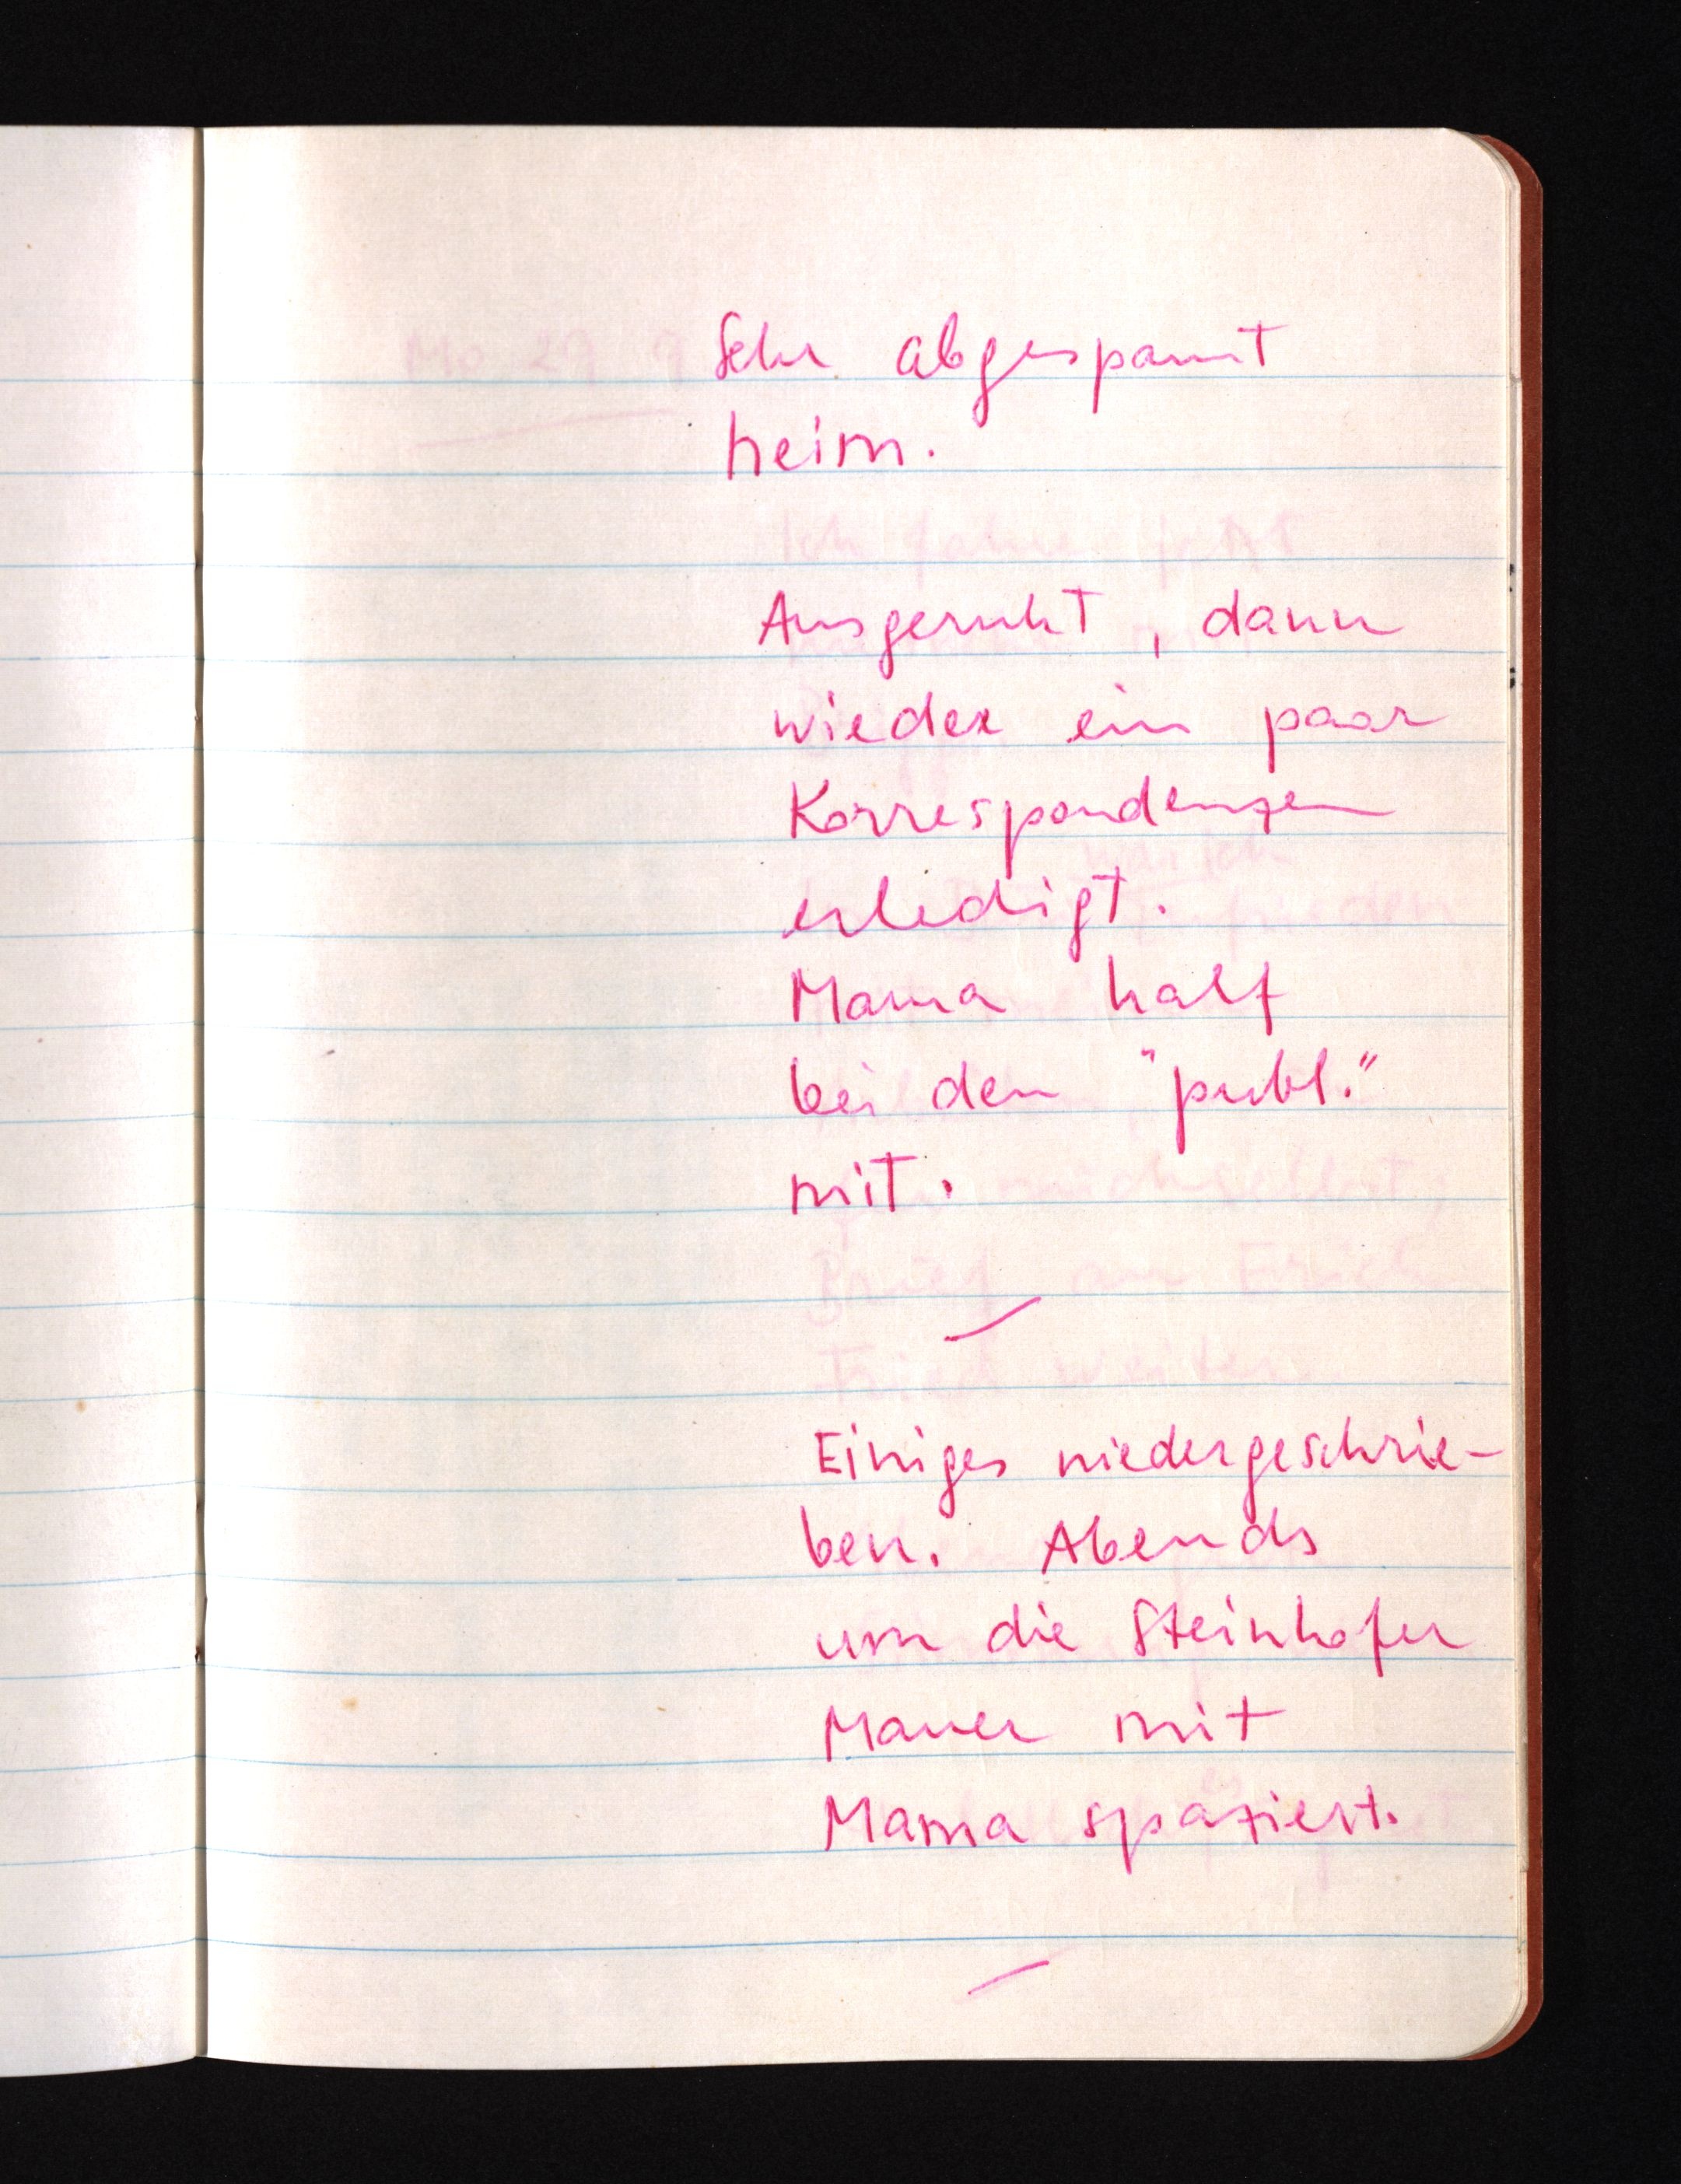
Sehr abgespannt
heim.
Ausgeruht, dann
wieder ein paar
Korrespondenzen
erledigt.
Mama half
bei den "publ."
mit.
Einiges niedergeschrie¬
ben. Abends
um die Steinhofer
Mauer mit
Mama spaziert.